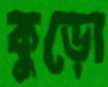
কুড়ো